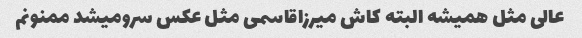
عالی مثل همیشه البته کاش میرزاقاسمی مثل عکس سرو‌میشد ممنونم